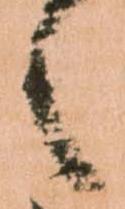
之